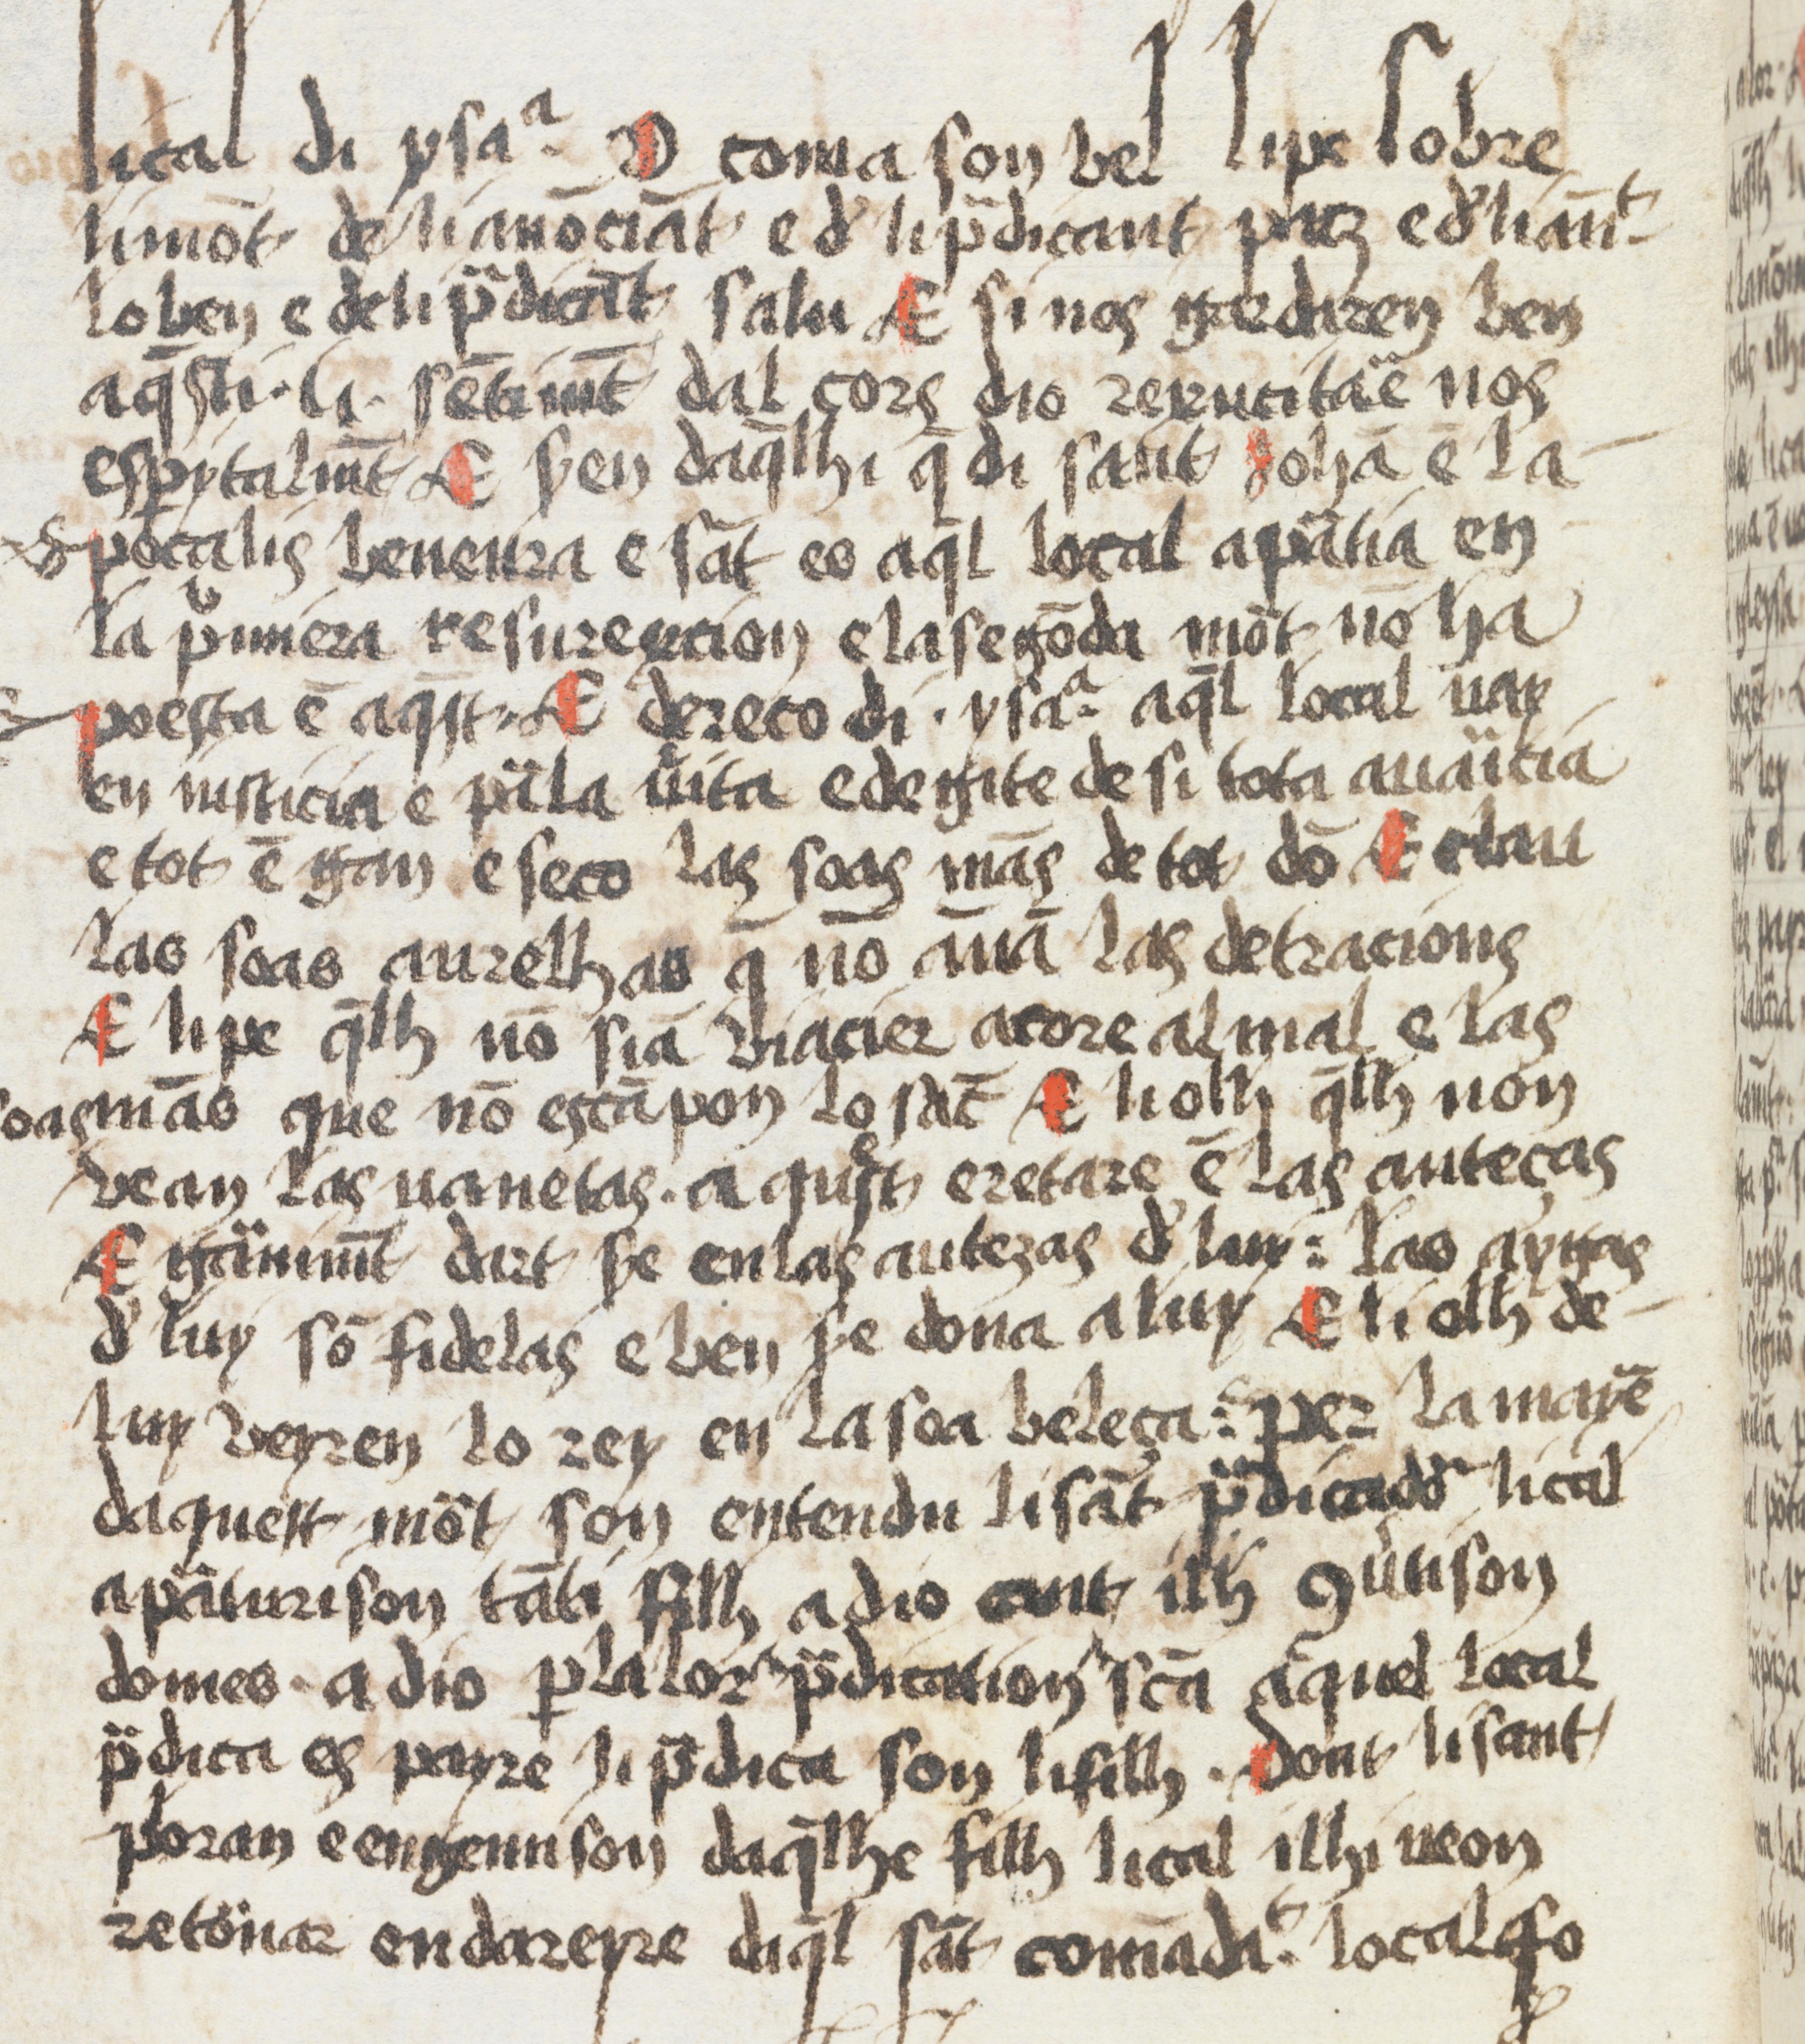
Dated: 1500–1599